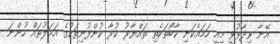
އޭނާ ވިދާޅުވީ މިއީ ހަމައެކަނި ކާބޯތަކެތި ތައްޔާރު ކުރާ ކުންފުނިތަކުގެ އަމަލުތައް ހުންނަ